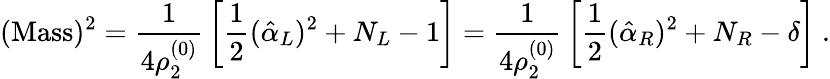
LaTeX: (\mathrm{Mass})^{2}={\frac{1}{4\rho_{2}^{(0)}}}\left[{\frac{1}{2}}(\hat{\alpha}_{L})^{2}+N_{L}-1\right]={\frac{1}{4\rho_{2}^{(0)}}}\left[{\frac{1}{2}}(\hat{\alpha}_{R})^{2}+N_{R}-\delta\right]~.